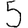
Digit: 5